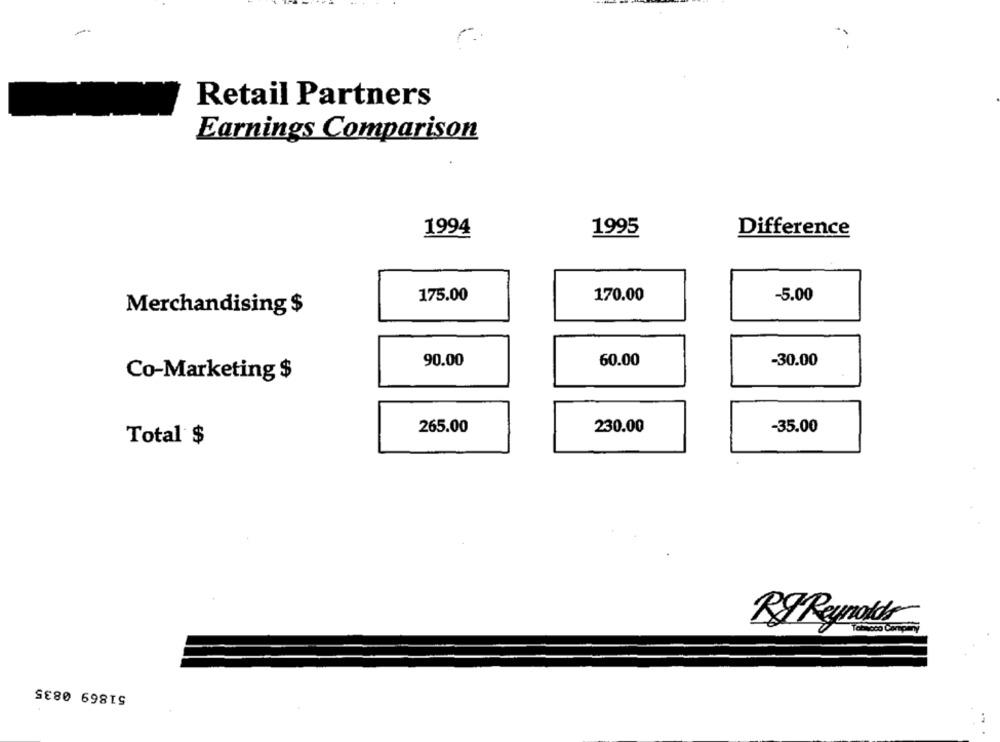
Retail Partners
Earnings Comparison
Difference
1994
1995
175.00
170.00
-5.00
Merchandising $
90.00
60.00
-30.00
Co-Marketing $
265.00
230.00
-35.00
Total $
RF Reynolds
51869 0835